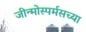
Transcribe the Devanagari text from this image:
जीन्मोस्पर्मसच्या